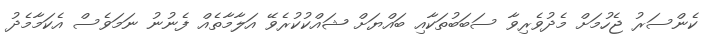
ކެންސަރު ޖެހުމަށް މެދުވެރިވާ ސަބަބުތަކާއި ބައްޔަށް ޝައްކުކުރެވޭ އަލާމާތެއް ފެނުނު ނަމަވެސް އެކަމާމެދު